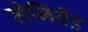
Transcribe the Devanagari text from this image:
सेनिग्रेड